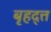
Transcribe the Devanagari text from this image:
बृहद्त्त